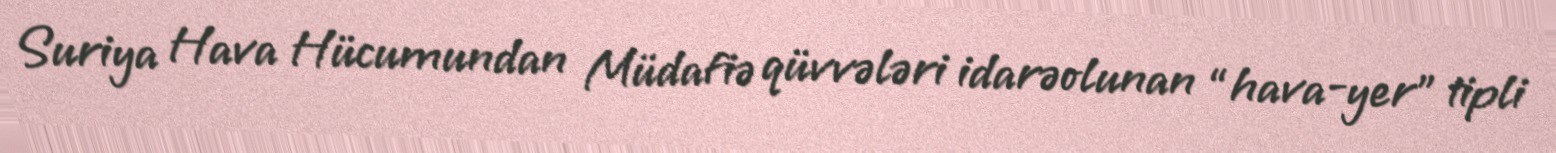
Suriya Hava Hücumundan Müdafiə qüvvələri idarəolunan “hava-yer” tipli